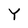
Character: Y